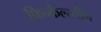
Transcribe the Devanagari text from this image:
फ़िन्केल्स्तीन